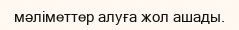
мәліметтер алуға жол ашады.